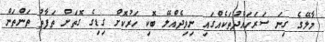
މާލޭގެ ގިނަ ސަރަހައްދުތަކެއްގައި ނިވިދެއްލޭ ބޮކި ހަރުކޮށް ގިޑިގެ ގޮތަށް ތަފާތު ތަންތަން